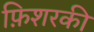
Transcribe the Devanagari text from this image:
फ़िशरकी